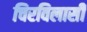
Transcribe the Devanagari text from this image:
चिरविलासी